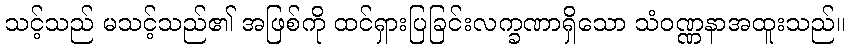
သင့်သည် မသင့်သည်၏ အဖြစ်ကို ထင်ရှားပြခြင်းလက္ခဏာရှိသော သံဝဏ္ဏနာအထူးသည်။